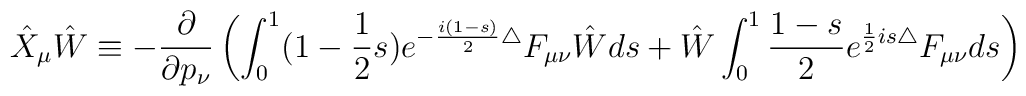
\hat{X}_\mu\hat{W} \equiv -\frac{\partial}{\partial p_\nu}\left(\int_0^1    (1-\frac{1}{2}s)e^{-\frac{i(1-s)}{2}\bigtriangleup}F_{\mu\nu}\hat{W}ds+      \hat{W}    \int_0^1\frac{1-s}{2}e^{\frac{1}{2}is\bigtriangleup}F_{\mu\nu}ds\right)